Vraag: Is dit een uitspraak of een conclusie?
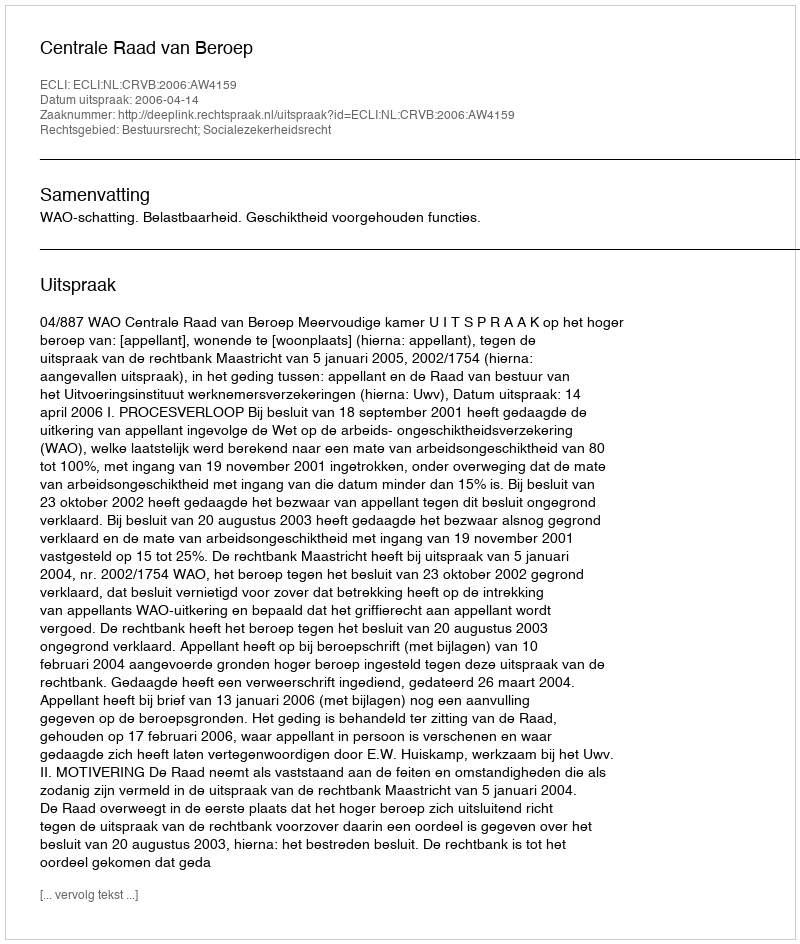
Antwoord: Uitspraak